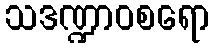
သဒဏ္ဍာဝစရော